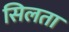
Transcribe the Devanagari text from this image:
सिलता